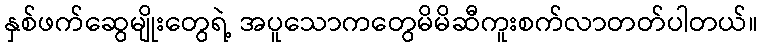
နှစ်ဖက်ဆွေမျိုးတွေရဲ့ အပူသောကတွေမိမိဆီကူးစက်လာတတ်ပါတယ်။